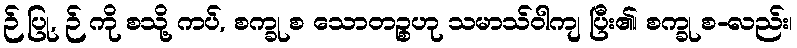
ဉ် ပြု, ဉ် ကို စသို့ ကပ်, စက္ခု စ သောတဉ္စဟု သမာသ်ဝါကျ ပြီး၏၊ စက္ခု စ-လည်း၊